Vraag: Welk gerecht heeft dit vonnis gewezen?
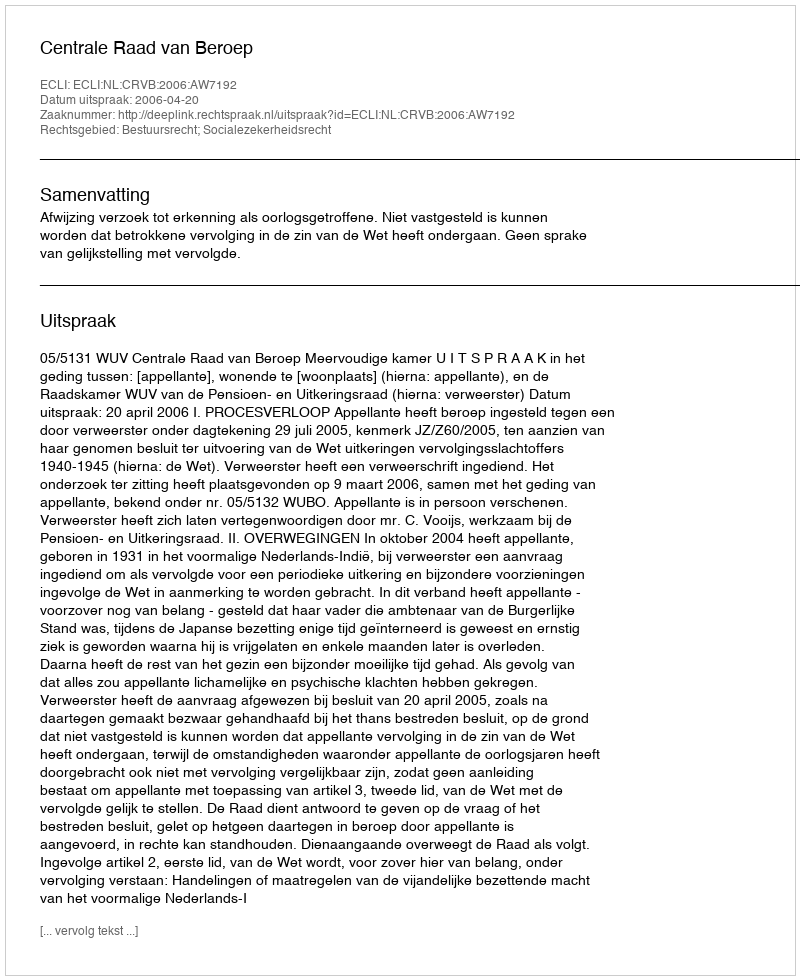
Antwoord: Centrale Raad van Beroep